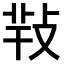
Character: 𢽁